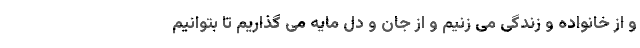
و از خانواده و زندگی می زنیم و از جان و دل مایه می گذاریم تا بتوانیم